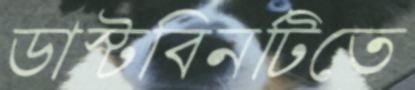
ডাস্টবিনটিতে